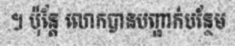
។ ប៉ុន្តែ លោកបានបញ្ជាក់បន្ថែម